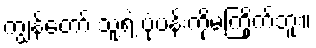
ကျွန်တော် သူ့ရဲ့ ပုံပန်းကိုမကြိုက်ဘူး။